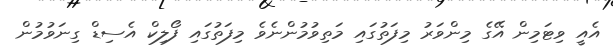
އެއީ ވިޓަމިން އޭގެ މިންވަރު މިފަތުގައި މަތިވުމުންނެވެ މިފަތުގައި ފޯލިކް އެސިޑް ގިނަވުމުން